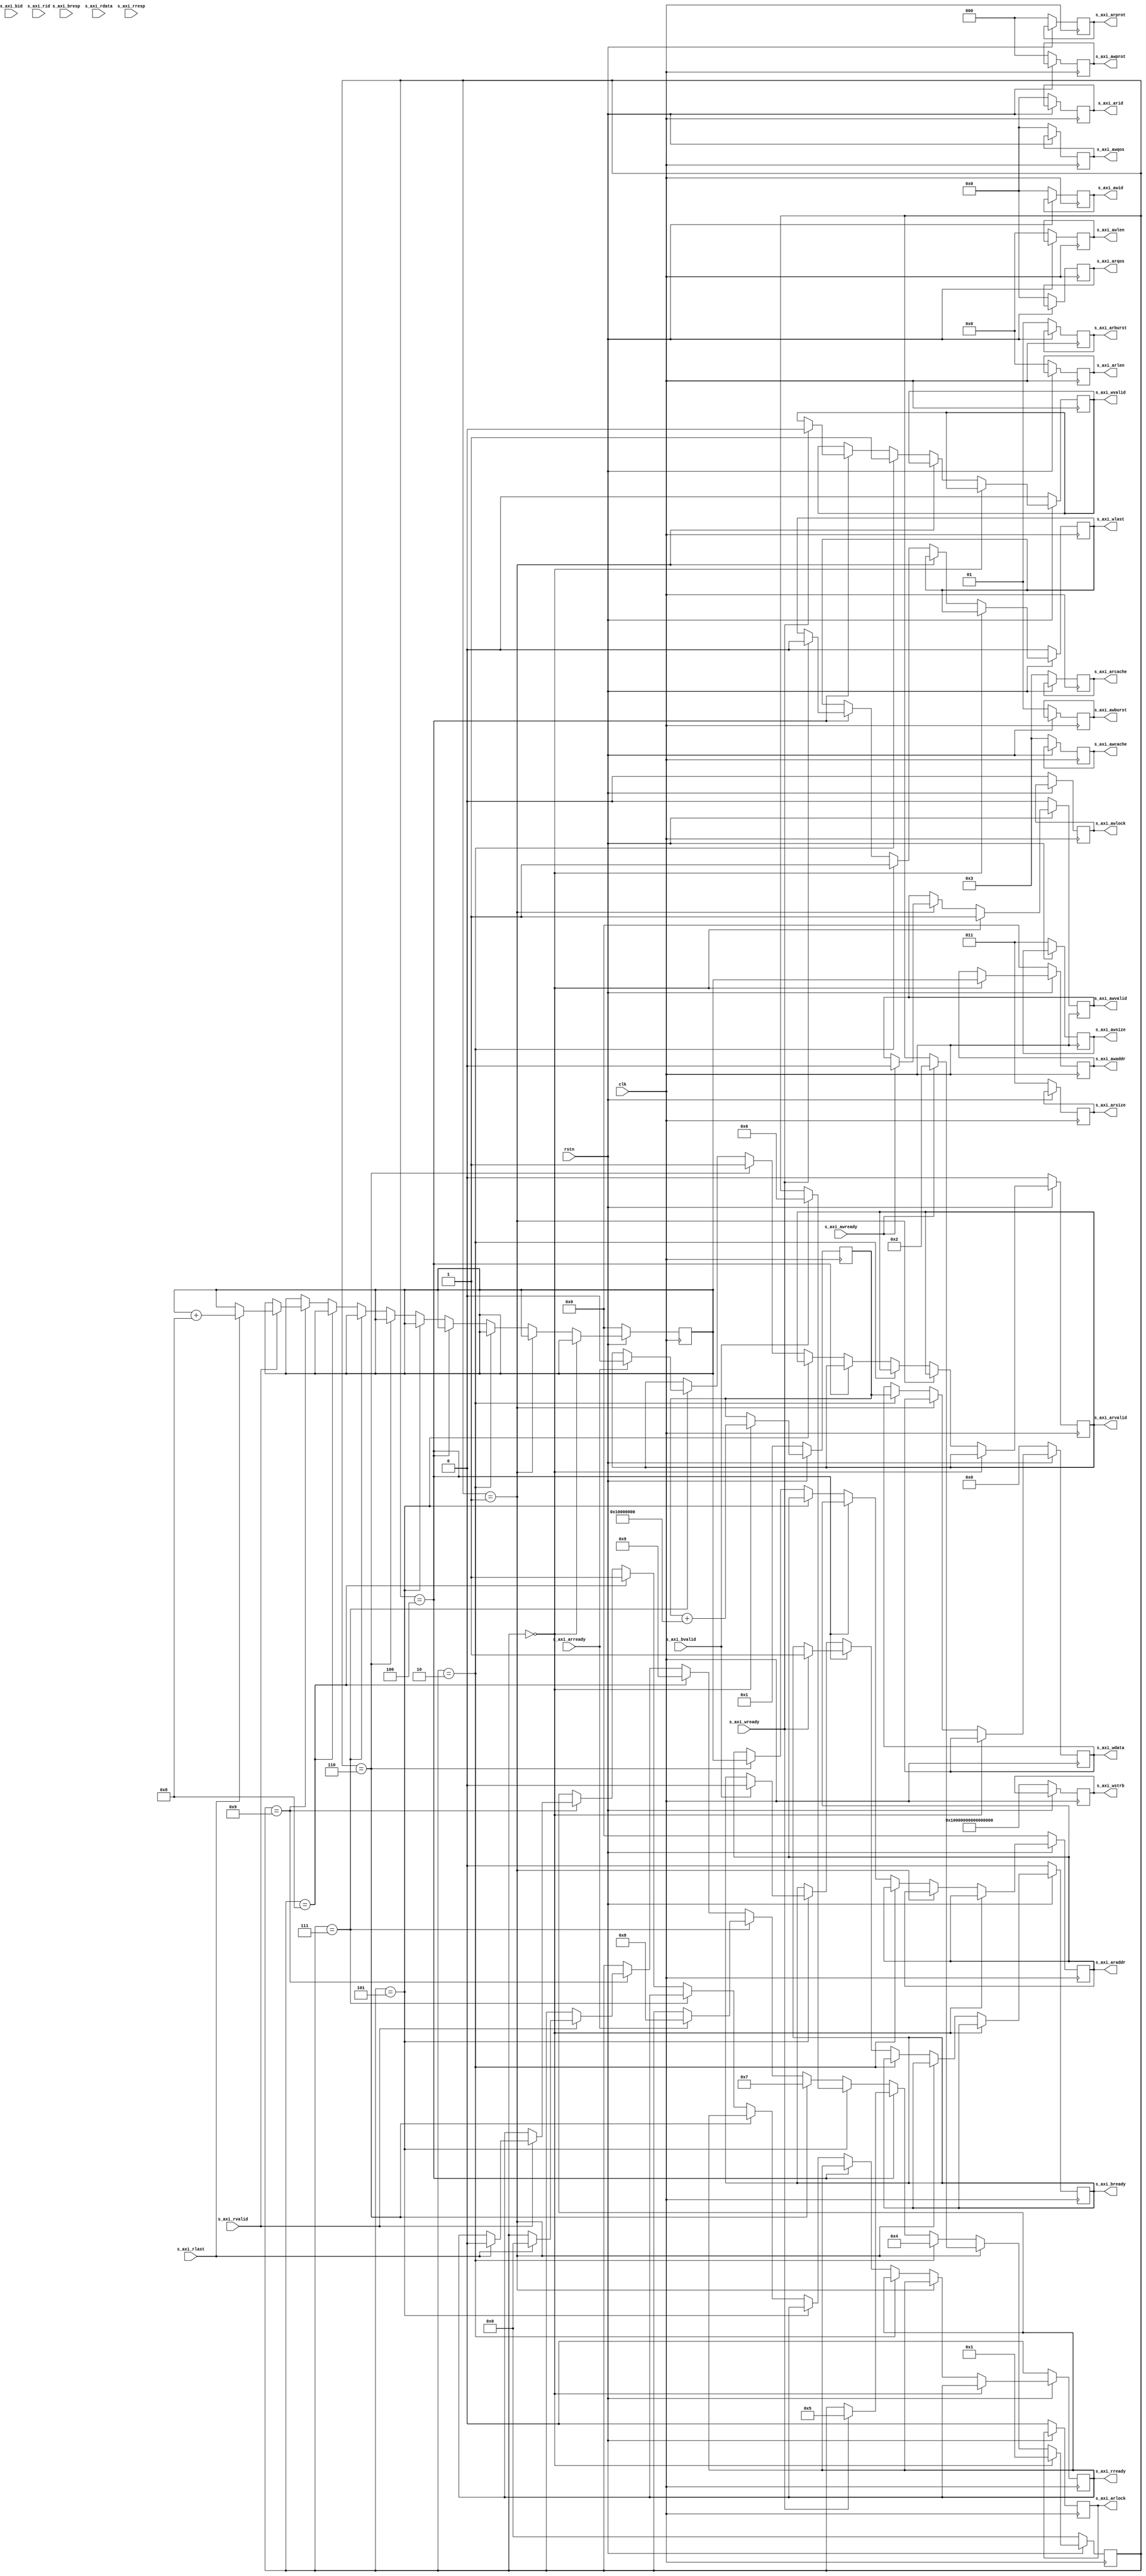
module memtest(
	input wire clk,
	input wire rstn,

	//axi
	output reg [30:0] s_axi_araddr,
	output reg [1:0] s_axi_arburst,
	output reg [3:0] s_axi_arcache,
	output reg [3:0] s_axi_arid,
	output reg [7:0] s_axi_arlen,
	output reg [0:0] s_axi_arlock,
	output reg	[2:0] s_axi_arprot,
	output reg [3:0] s_axi_arqos,
	input wire s_axi_arready,
	output reg [2:0] s_axi_arsize,
	output reg s_axi_arvalid,

	output reg [30:0] s_axi_awaddr,
	output reg [1:0] s_axi_awburst,
	output reg [3:0] s_axi_awcache,
	output reg [3:0] s_axi_awid,
	output reg [7:0] s_axi_awlen,
	output reg [0:0] s_axi_awlock,
	output reg	[2:0] s_axi_awprot,
	output reg [3:0] s_axi_awqos,
	input wire s_axi_awready,
	output reg [2:0] s_axi_awsize,
	output reg s_axi_awvalid,

	input wire [3:0] s_axi_bid,
	output reg s_axi_bready,
	input wire [1:0] s_axi_bresp,
	input wire s_axi_bvalid,

	input wire [511:0] s_axi_rdata,
	input wire [3:0] s_axi_rid,
	input wire s_axi_rlast,
	output reg s_axi_rready,
	input wire [1:0] s_axi_rresp,
	input wire s_axi_rvalid,

	output reg [511:0] s_axi_wdata,
	output reg s_axi_wlast,
	input wire s_axi_wready,
	output reg [63:0] s_axi_wstrb,
	output reg s_axi_wvalid
	);

	(* mark_debug = "true" *) reg [4:0] state;
	(* mark_debug = "true" *) reg err;
	(* mark_debug = "true" *) reg [511:0] rdata;
	(* mark_debug = "true" *) reg [511:0] data;
	(* mark_debug = "true" *) reg [30:0] addr;


	always @(posedge clk) begin
		if (~rstn) begin
			state <= 0;
			err <= 0;
			data <= 64'h1;
			addr <= 0;
			rdata <= 0;

			s_axi_araddr <= 0;
			s_axi_arburst <= 2'b01; // INCR
			s_axi_arcache <= 4'b0011; // music num
			s_axi_arid <= 0; // ignore
			s_axi_arlen <= 0; // burst len 1
			s_axi_arlock <= 0; // ignore
			s_axi_arprot <= 0; // ignore
			s_axi_arqos <= 0; // ignore
			s_axi_arsize <= 3'b011; // 64bit
			s_axi_arvalid <= 0;
			s_axi_awaddr <= 0;
			s_axi_awburst <= 2'b01; //INCR
			s_axi_awcache <= 4'b0011; // magic num
			s_axi_awid <= 0; // ignore
			s_axi_awlen <= 0; // burst len 1
			s_axi_awlock <= 0; // ignore
			s_axi_awprot <= 0; // ignore
			s_axi_awqos <= 0; // ignore
			s_axi_awsize <= 3'b011; // 64bit
			s_axi_awvalid <= 0;
			s_axi_bready <= 0;
			s_axi_rready <= 0;
			s_axi_wdata <= 0;
			s_axi_wlast <= 0;
			s_axi_wstrb <= {64{1'b1}}; // 64bit enable
			s_axi_wvalid <= 0;
		// write
		end else if (state == 0) begin
			s_axi_awvalid <= 1;
			s_axi_awaddr <= addr;
			data <= data + 32'h10000000;
			state <= 1;
		end else if (state == 1) begin
			if(s_axi_awready) begin
				s_axi_awvalid <= 0;
				state <= 2;
			end
		end else if (state == 2) begin
			s_axi_wvalid <= 1;
			s_axi_wdata <= data;
			s_axi_wlast <= 1;
			state <= 4;
		end else if (state == 4) begin
			if(s_axi_wready) begin
				s_axi_wvalid <= 0;
				s_axi_wlast <= 0;
				s_axi_bready <= 1;
				state <= 5;
			end
		end else if (state == 5) begin
			if(s_axi_bvalid) begin
				s_axi_bready <= 0;
				err <= err | s_axi_bresp[1];
				state <= 6;
			end
		//read
		end else if (state == 6) begin
			s_axi_araddr <= addr;
			s_axi_arvalid <= 1;
			state <= 7;
		end else if (state == 7) begin
			if(s_axi_arready) begin
				s_axi_arvalid <= 0;
				state <= 8;
			end
		end else if(state == 8) begin
			s_axi_rready <= 1;
			state <= 9;
		end else if (state == 9) begin
			if(s_axi_rvalid) begin
				err = err | s_axi_rresp[1];
				rdata <= s_axi_rdata;
				if(s_axi_rlast) begin
					s_axi_rready <= 0;
					addr <= addr + 8;
					state <= 0;
				end
			end
		end else begin
			
		end
	end

endmodule